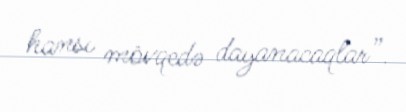
hansı mövqedə dayanacaqlar”.